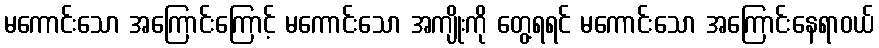
မကောင်းသော အကြောင်းကြောင့် မကောင်းသော အကျိုးကို တွေ့ရရင် မကောင်းသော အကြောင်းနေရာဝယ်